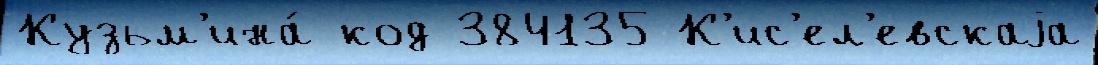
Кузьм'ина́ код 384135 К'ис'ел'евскаjа